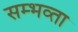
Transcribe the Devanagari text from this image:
सम्भव्ता